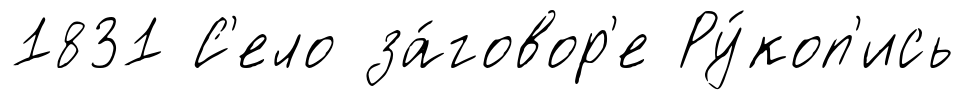
1831 С'ело за́говор'е Ру́коп'ись